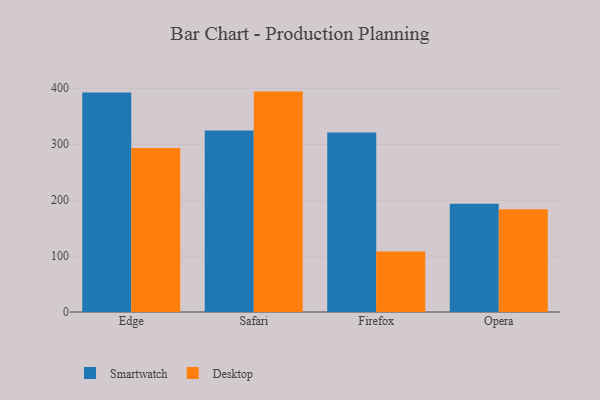
{"axis": {"x": "Browser", "y": "Demand Index"}, "legend": ["Desktop", "Smartwatch"], "data": [{"x": "Edge", "y": 392.5, "type": "Smartwatch"}, {"x": "Edge", "y": 293.1, "type": "Desktop"}, {"x": "Safari", "y": 324.6, "type": "Smartwatch"}, {"x": "Safari", "y": 393.9, "type": "Desktop"}, {"x": "Firefox", "y": 320.9, "type": "Smartwatch"}, {"x": "Firefox", "y": 108.2, "type": "Desktop"}, {"x": "Opera", "y": 193.6, "type": "Smartwatch"}, {"x": "Opera", "y": 183.8, "type": "Desktop"}]}